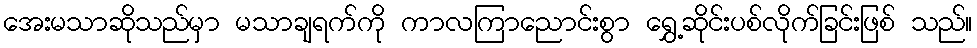
အေးမသာဆိုသည်မှာ မသာချရက်ကို ကာလကြာညောင်းစွာ ရွှေ့ဆိုင်းပစ်လိုက်ခြင်းဖြစ် သည်။